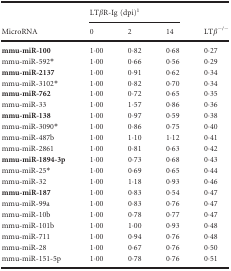
<table><thead><tr><td rowspan="2"><b>MicroRNA</b></td><td colspan="3"><b>LT<i>β</i>R-Ig (dpi)1</b></td><td rowspan="2"><b>LT<i>β</i><sup>−/−</sup></b></td></tr><tr><td><b>0</b></td><td><b>2</b></td><td><b>14</b></td></tr></thead><tbody><tr><td><b>mmu-miR-100</b></td><td>1·00</td><td>0·82</td><td>0·68</td><td>0·27</td></tr><tr><td>mmu-miR-592<sup>*</sup></td><td>1·00</td><td>0·66</td><td>0·56</td><td>0·29</td></tr><tr><td><b>mmu-miR-2137</b></td><td>1·00</td><td>0·91</td><td>0·62</td><td>0·34</td></tr><tr><td>mmu-miR-3102<sup>*</sup></td><td>1·00</td><td>0·82</td><td>0·70</td><td>0·34</td></tr><tr><td><b>mmu-miR-762</b></td><td>1·00</td><td>0·72</td><td>0·65</td><td>0·35</td></tr><tr><td>mmu-miR-33</td><td>1·00</td><td>1·57</td><td>0·86</td><td>0·36</td></tr><tr><td><b>mmu-miR-138</b></td><td>1·00</td><td>0·97</td><td>0·59</td><td>0·38</td></tr><tr><td>mmu-miR-3090<sup>*</sup></td><td>1·00</td><td>0·86</td><td>0·75</td><td>0·40</td></tr><tr><td>mmu-miR-487b</td><td>1·00</td><td>1·10</td><td>1·12</td><td>0·41</td></tr><tr><td>mmu-miR-2861</td><td>1·00</td><td>0·81</td><td>0·63</td><td>0·42</td></tr><tr><td><b>mmu-miR-1894-3p</b></td><td>1·00</td><td>0·73</td><td>0·68</td><td>0·43</td></tr><tr><td>mmu-miR-25<sup>*</sup></td><td>1·00</td><td>0·69</td><td>0·65</td><td>0·44</td></tr><tr><td>mmu-miR-32</td><td>1·00</td><td>1·18</td><td>0·93</td><td>0·46</td></tr><tr><td><b>mmu-miR-187</b></td><td>1·00</td><td>0·83</td><td>0·54</td><td>0·47</td></tr><tr><td>mmu-miR-99a</td><td>1·00</td><td>0·83</td><td>0·76</td><td>0·47</td></tr><tr><td>mmu-miR-10b</td><td>1·00</td><td>0·78</td><td>0·77</td><td>0·47</td></tr><tr><td>mmu-miR-101b</td><td>1·00</td><td>1·00</td><td>0·93</td><td>0·48</td></tr><tr><td>mmu-miR-711</td><td>1·00</td><td>0·94</td><td>0·76</td><td>0·48</td></tr><tr><td>mmu-miR-28</td><td>1·00</td><td>0·67</td><td>0·76</td><td>0·50</td></tr><tr><td>mmu-miR-151-5p</td><td>1·00</td><td>0·78</td><td>0·76</td><td>0·51</td></tr></tbody></table>